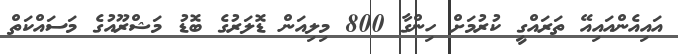
އައިއެންއައިއޭ ތަރައްގީ ކުރުމަށް ހިންގާ 800 މިލިއަން ޑޮލަރުގެ ބޮޑު މަޝްރޫއުގެ މަސައްކަތް